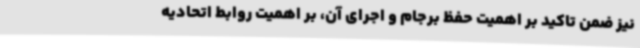
نیز ضمن تاکید بر اهمیت حفظ برجام و اجرای آن، بر اهمیت روابط اتحادیه